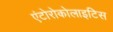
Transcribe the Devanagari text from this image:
एंटोरोकोलाइटिस